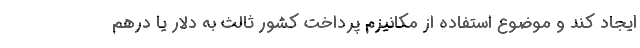
ایجاد کند و موضوع استفاده از مکانیزم پرداخت کشور ثالث به دلار یا درهم